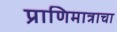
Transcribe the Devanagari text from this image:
प्राणिमात्राचा